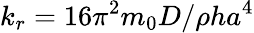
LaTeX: k_{r}=16\pi^{2}m_{0}D/\rho ha^{4}